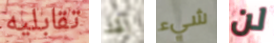
تقابليه لقد شيء لن